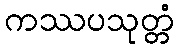
ကဿပသုတ္တံ